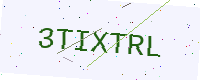
Text: 3TIXTRL